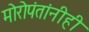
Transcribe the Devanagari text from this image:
मोरोपंतांनीही